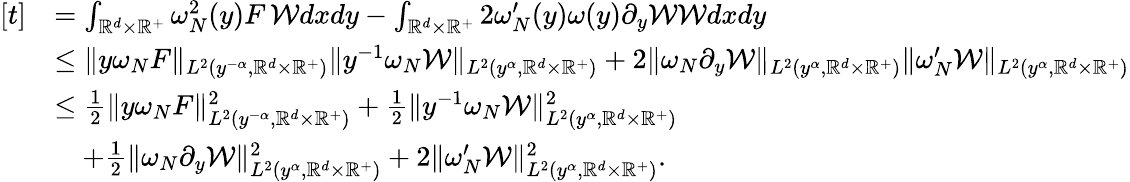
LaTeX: \begin{array}{rl}{[t]}&{=\int_{\mathbb{R}^{d}\times\mathbb{R}^{+}}{\omega_{N}^{2}(y)F\, \mathcal{W}dxdy}-\int_{\mathbb{R}^{d}\times\mathbb{R}^{+}}{2\omega_{N}^{\prime}(y)\omega(y)\partial_{y}\mathcal{W}\mathcal{W}dxdy}}\\ &{\leq\| y\omega_{N}F\| _{L^{2}(y^{-\alpha},\mathbb{R}^{d}\times\mathbb{R}^{+})}\| y^{-1}\omega_{N}\mathcal{W}\| _{L^{2}(y^{\alpha},\mathbb{R}^{d}\times\mathbb{R}^{+})}+2\| \omega_{N}\partial_{y}\mathcal{W}\| _{L^{2}(y^{\alpha},\mathbb{R}^{d}\times\mathbb{R}^{+})}\| \omega_{N}^{\prime}\mathcal{W}\| _{L^{2}(y^{\alpha},\mathbb{R}^{d}\times\mathbb{R}^{+})}}\\ &{\leq\frac{1}{2}\| y\omega_{N}F\| _{L^{2}(y^{-\alpha},\mathbb{R}^{d}\times\mathbb{R}^{+})}^{2}+\frac{1}{2}\| y^{-1}\omega_{N}\mathcal{W}\| _{L^{2}(y^{\alpha},\mathbb{R}^{d}\times\mathbb{R}^{+})}^{2}}\\ &{\quad+\frac{1}{2}\| \omega_{N}\partial_{y}\mathcal{W}\| _{L^{2}(y^{\alpha},\mathbb{R}^{d}\times\mathbb{R}^{+})}^{2}+2\| \omega_{N}^{\prime}\mathcal{W}\| _{L^{2}(y^{\alpha},\mathbb{R}^{d}\times\mathbb{R}^{+})}^{2}.}\end{array}